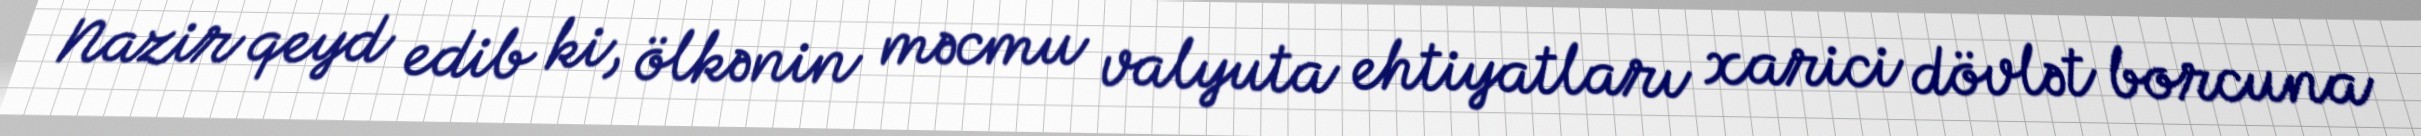
Nazir qeyd edib ki, ölkənin məcmu valyuta ehtiyatları xarici dövlət borcuna